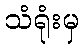
သံရုံးမှ